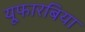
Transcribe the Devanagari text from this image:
यूफारबिया